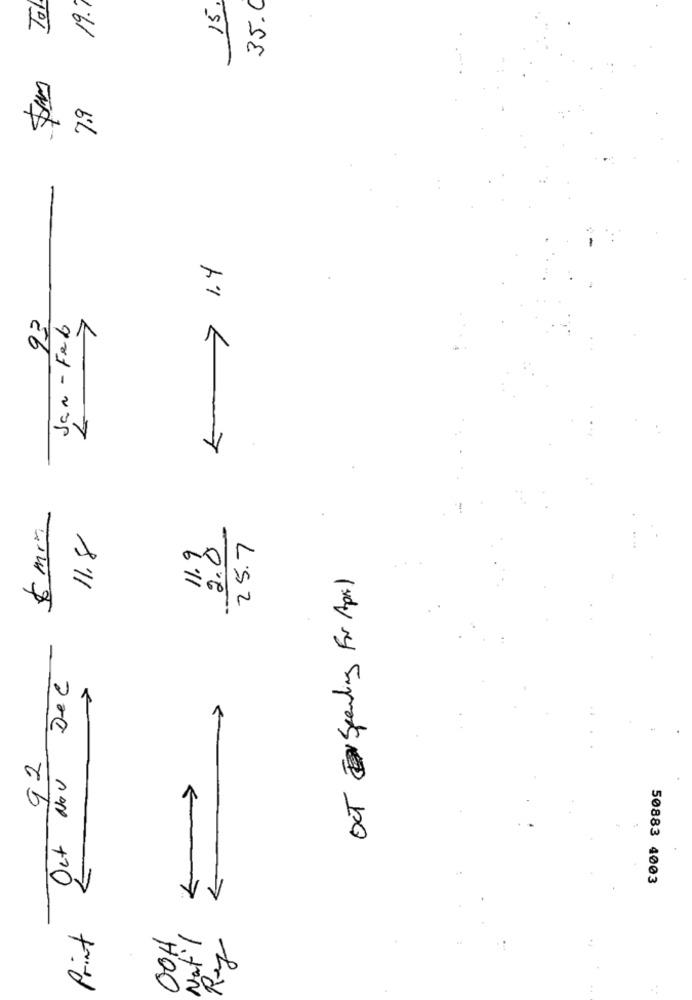
Tol
19."
15.
35.0
7.9
<- > 1.4
Jan - Feb
$ min
11.8
11.9
2.0
25.7
OCT Spending For April
Del
92
Oct Nov
1
50883 4003
VV
Print
OOH
Nat'l
Rey